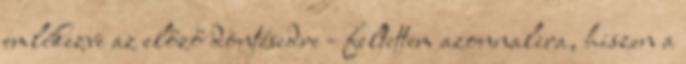
emlékezve az előző döntésedre - feltettem azonnalira, hiszen a